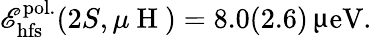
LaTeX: \mathscr{E}_{\mathrm{{hfs}}}^{\mathrm{{pol.}}}(2S,\mu\mathrm{{~H~}})=8.0(2.6)\, \upmu\mathrm{{eV}}.